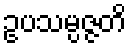
ဥပသမ္ပဇ္ဇတိ